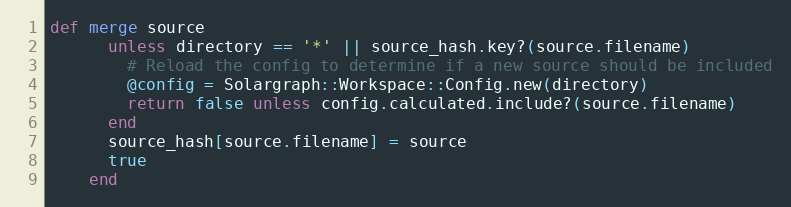
Language: Ruby
def merge source
      unless directory == '*' || source_hash.key?(source.filename)
        # Reload the config to determine if a new source should be included
        @config = Solargraph::Workspace::Config.new(directory)
        return false unless config.calculated.include?(source.filename)
      end
      source_hash[source.filename] = source
      true
    end